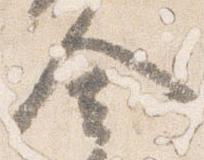
舎